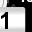
Digit: 1